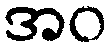
အဝ